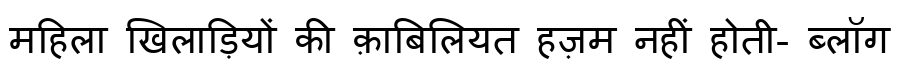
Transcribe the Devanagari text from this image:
महिला खिलाड़ियों की क़ाबिलियत हज़म नहीं होती- ब्लॉग